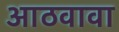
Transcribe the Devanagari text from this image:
आठवावा